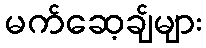
မက်ဆေ့ချ်များ